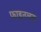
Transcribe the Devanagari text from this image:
फाइनलस